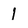
Character: 1